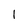
Character: I